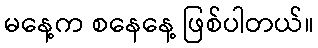
မနေ့က စနေနေ့ ဖြစ်ပါတယ်။